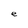
Character: e